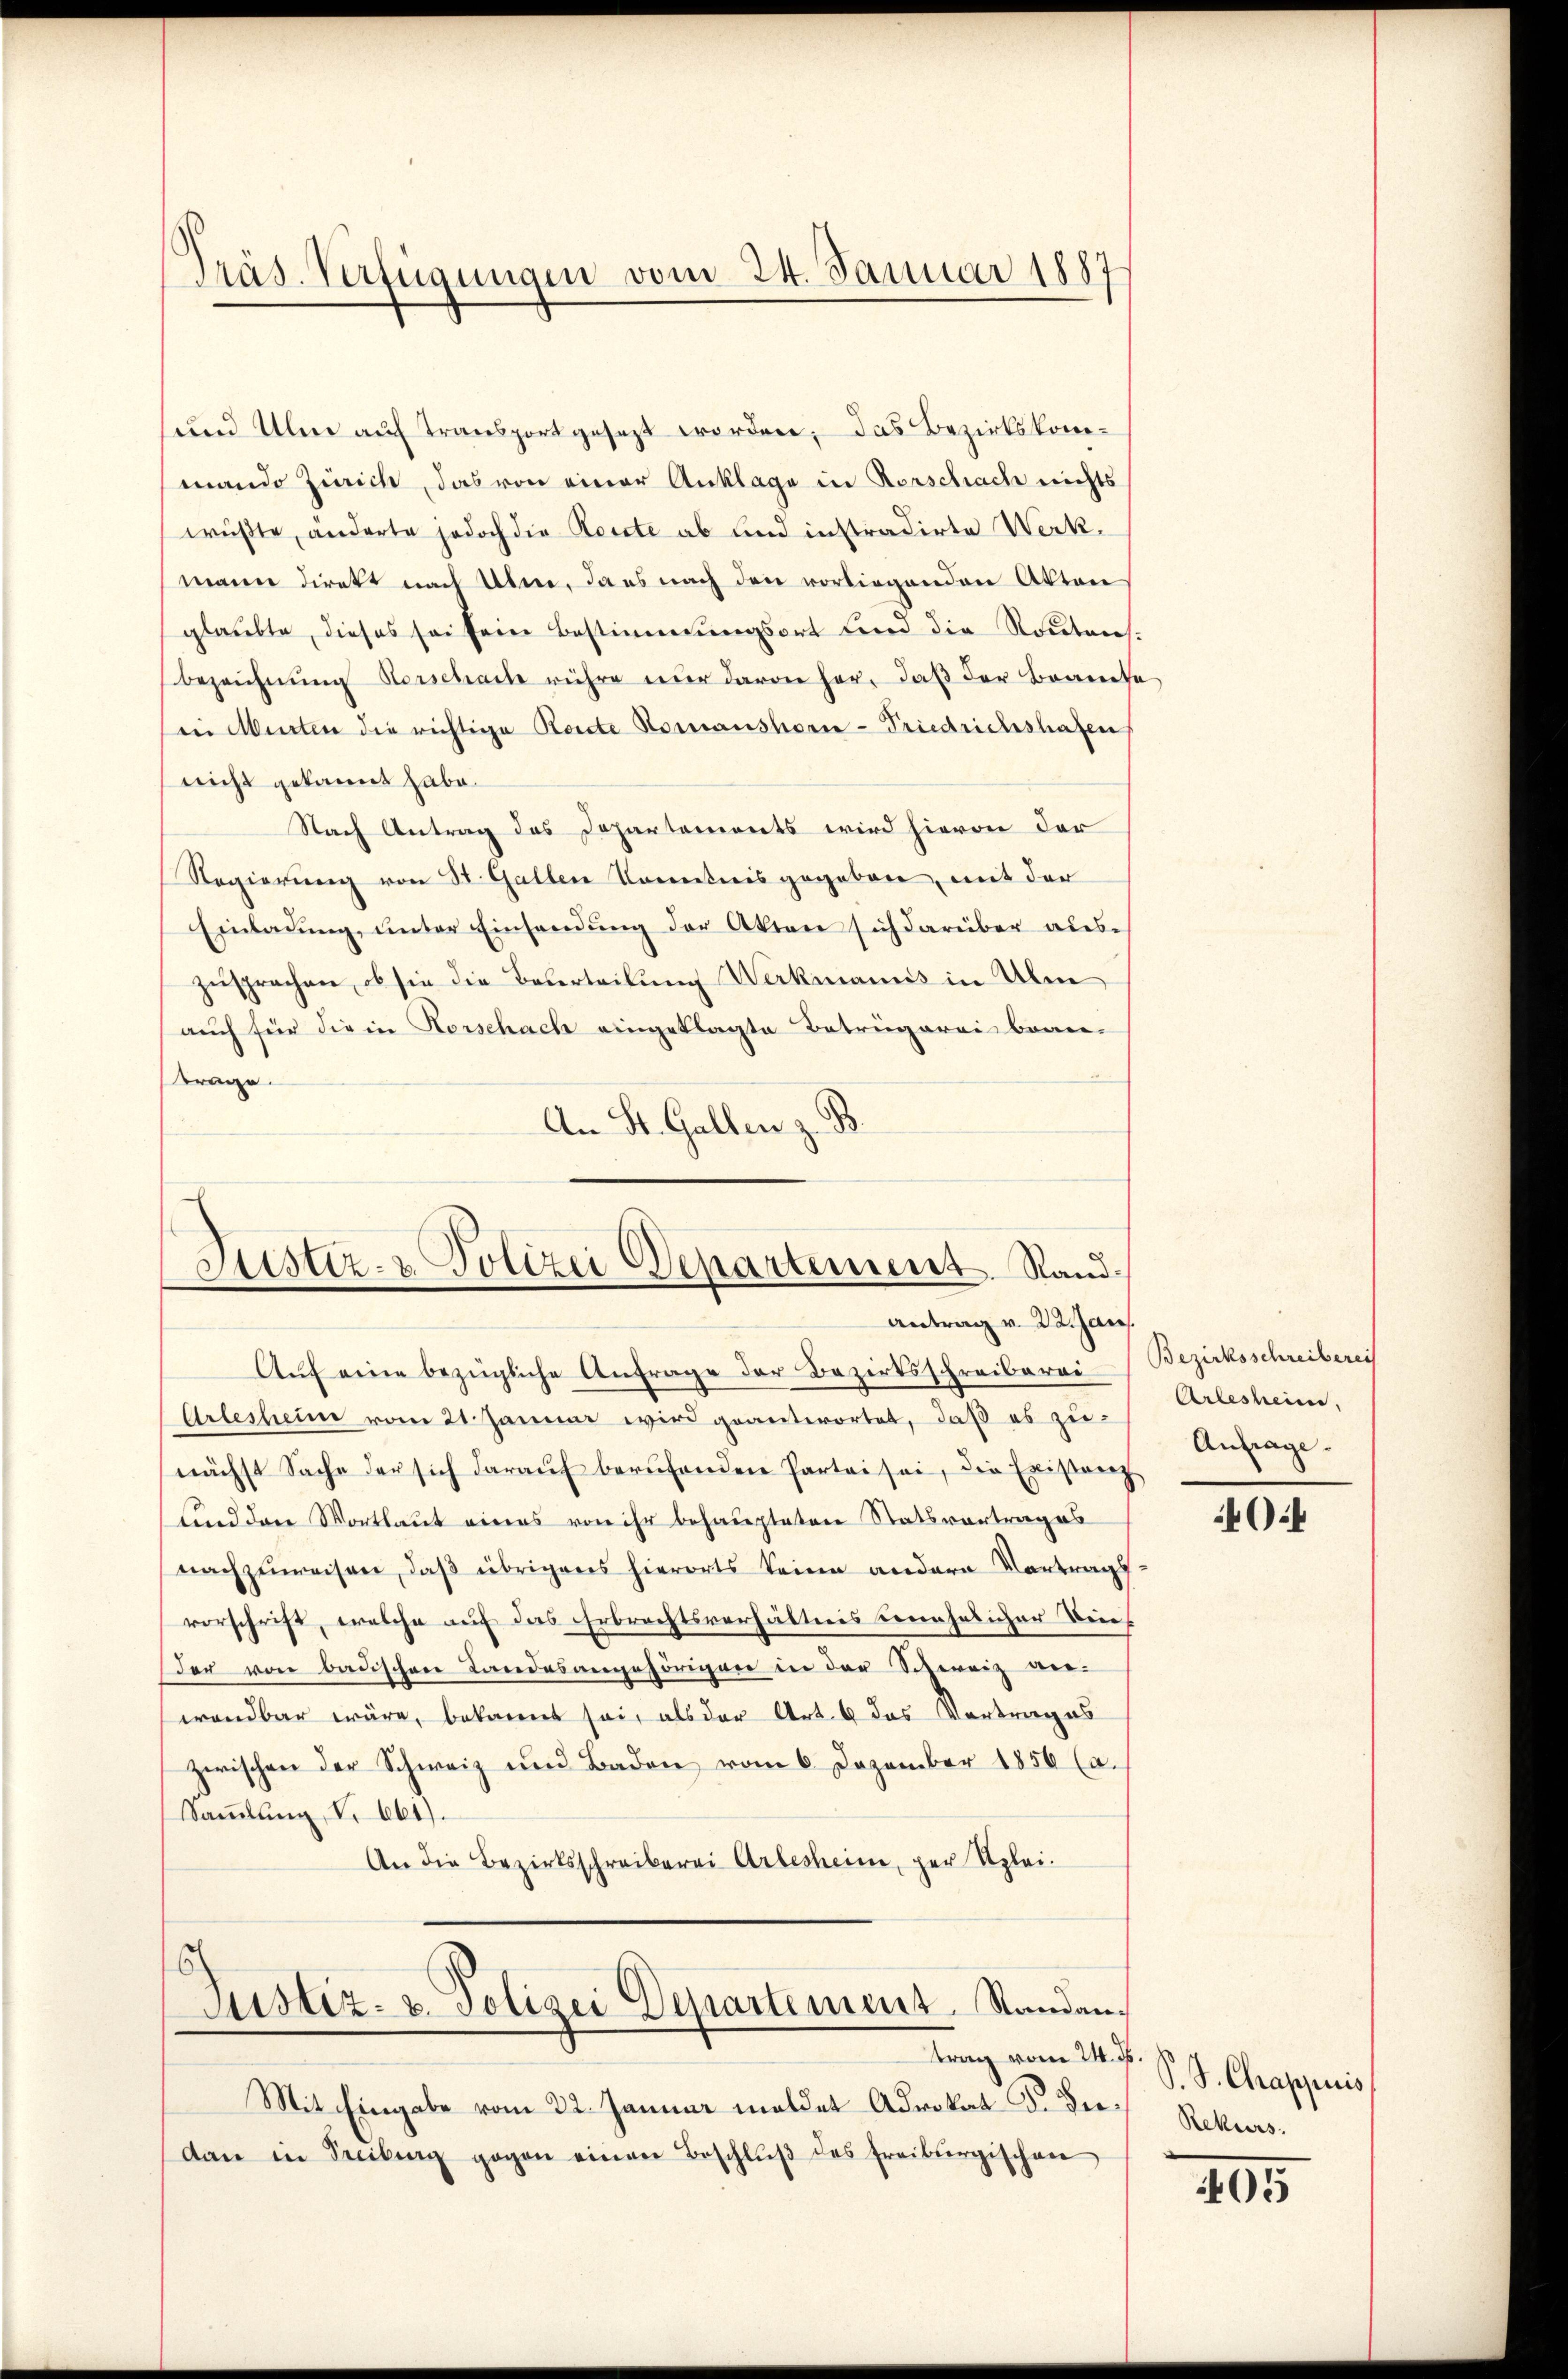
Präs. Verfügungen vom 24. Januar 1887

sund Ulme auf Transportgesezt worden; das Bezirkskommando Zürich, das von einer Anklage in Vorschach nichts
wüßte, anderte jedoch die Leute ab und instradirte Werkmann direkt nach Übere, dass nach den vorliegenden Akten
glaubte, dieses sei sein Bestimmungsort sind die Routens.
Bezeichnung verschache rühre nur davon her, daß der Beamte
iii Murten die richtige Rente Romanshorn-Friedrichshafen
nicht gekannt habe.
Nach Antrag des Departements wird hievon der
Regierung von St. Gallen Kenntnis gegeben, mit der
Einladung, unter Einsendung der Akten sich darüber auszusprechen, ob sie die Beserteilung Werkmanns in Ulm
auch für die in Horschach eingeklagte Betrügerei bean-
trage.
An St. Gallen z. B.

Justiz- & Polizei Departement. Sand¬
Antrag v. 22. Jan

Auf eine bezügliche Anfrage der Bezirksschreiberei
Arlesheime vom 21. Januar wird geanterortet, daß es zu-
nächst Sache der sich daraŭf berufenden Partei sei, die Existanz
lind dere Wortlaut eines von ihr behaupteten Statsvortrages
nachzuweisen, daß übrigens hierorts keine andern Vortrags
vorschrift, welche auf das Erbrechtsverhältnis unehelicher Beie
der von badischen Landesangehöriger in der Schweiz verwendbar wäre, bekannt sei, als der Art. 6 das Vortrages
zwischen der Schweiz und Baden vom 6. Dezember 1856 (a.
Saṁlŭng, S. 661).
An die Bezirksschreiberei Arlesheim, per Klei¬
Justiz- u. Polizei Departement. Standantrag vom 24. ds.
Mit Eingabe vom 22. Januar meldet Advokat Dr. Diedan in Freibung gegen einen Beschlŭβ des Freiburgischen

Bezirksschreiberei
Arlesheim,
Anfrage.
¬

4

S. S. Chrappiris
Rekurs.

05